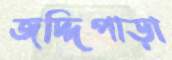
জদ্দিপাড়া